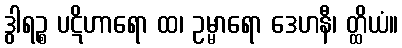
ဒွါရဉ္စ ပဋိဟာရော ထ၊ ဥမ္မာရော ဒေဟနီ၊ တ္ထိယံ။